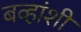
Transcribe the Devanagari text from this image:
बव्हांशी